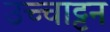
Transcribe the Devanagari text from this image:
उच्चाट्टन